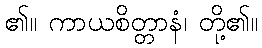
၏။ ကာယစိတ္တာနံ၊ တို့၏။